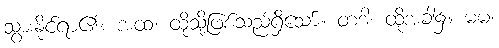
သွားနိုင်ရာ၏။ အထ၊ ထိုသို့ဖြစ်သည်ရှိသော်။ တဒါ၊ ထိုအခါ၌။ မမ၊